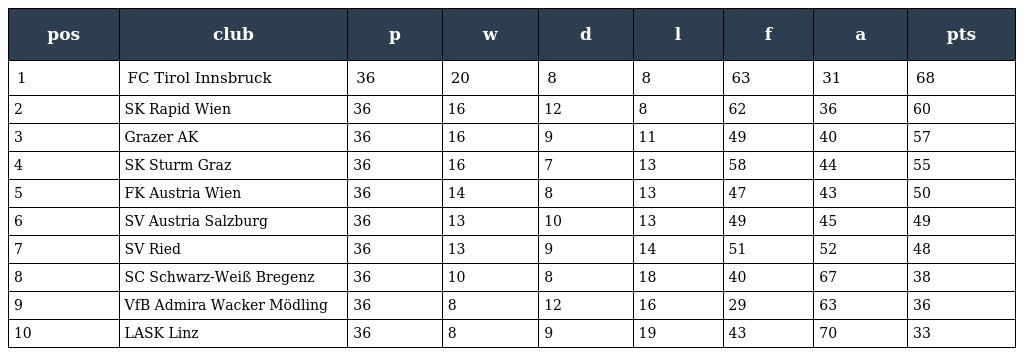
| pos | club | p | w | d | l | f | a | pts |
 | --- | --- | --- | --- | --- | --- | --- | --- | --- |
 | 1 | FC Tirol Innsbruck | 36 | 20 | 8 | 8 | 63 | 31 | 68 |
 | 2 | SK Rapid Wien | 36 | 16 | 12 | 8 | 62 | 36 | 60 |
 | 3 | Grazer AK | 36 | 16 | 9 | 11 | 49 | 40 | 57 |
 | 4 | SK Sturm Graz | 36 | 16 | 7 | 13 | 58 | 44 | 55 |
 | 5 | FK Austria Wien | 36 | 14 | 8 | 13 | 47 | 43 | 50 |
 | 6 | SV Austria Salzburg | 36 | 13 | 10 | 13 | 49 | 45 | 49 |
 | 7 | SV Ried | 36 | 13 | 9 | 14 | 51 | 52 | 48 |
 | 8 | SC Schwarz-Weiß Bregenz | 36 | 10 | 8 | 18 | 40 | 67 | 38 |
 | 9 | VfB Admira Wacker Mödling | 36 | 8 | 12 | 16 | 29 | 63 | 36 |
 | 10 | LASK Linz | 36 | 8 | 9 | 19 | 43 | 70 | 33 |